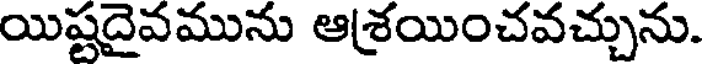
యిష్టదైవమును ఆశ్రయించవచ్చును.